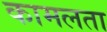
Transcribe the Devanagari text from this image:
कामलता